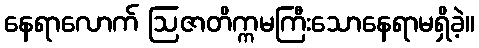
နေရာလောက် ဩဇာတိက္ကမကြီးသောနေရာမရှိခဲ့။